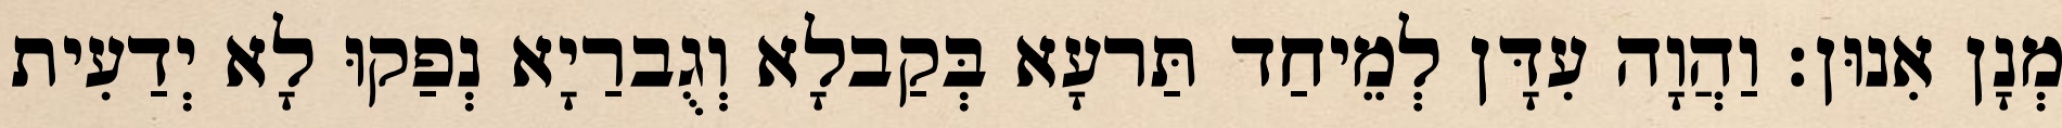
מְנָן אִנוּן׃ וַהֲוָה עִדָּן לְמֵיחַד תַּרעָא בְּקַבלָא וְגֻברַיָא נְפַקוּ לָא יְדַעִית